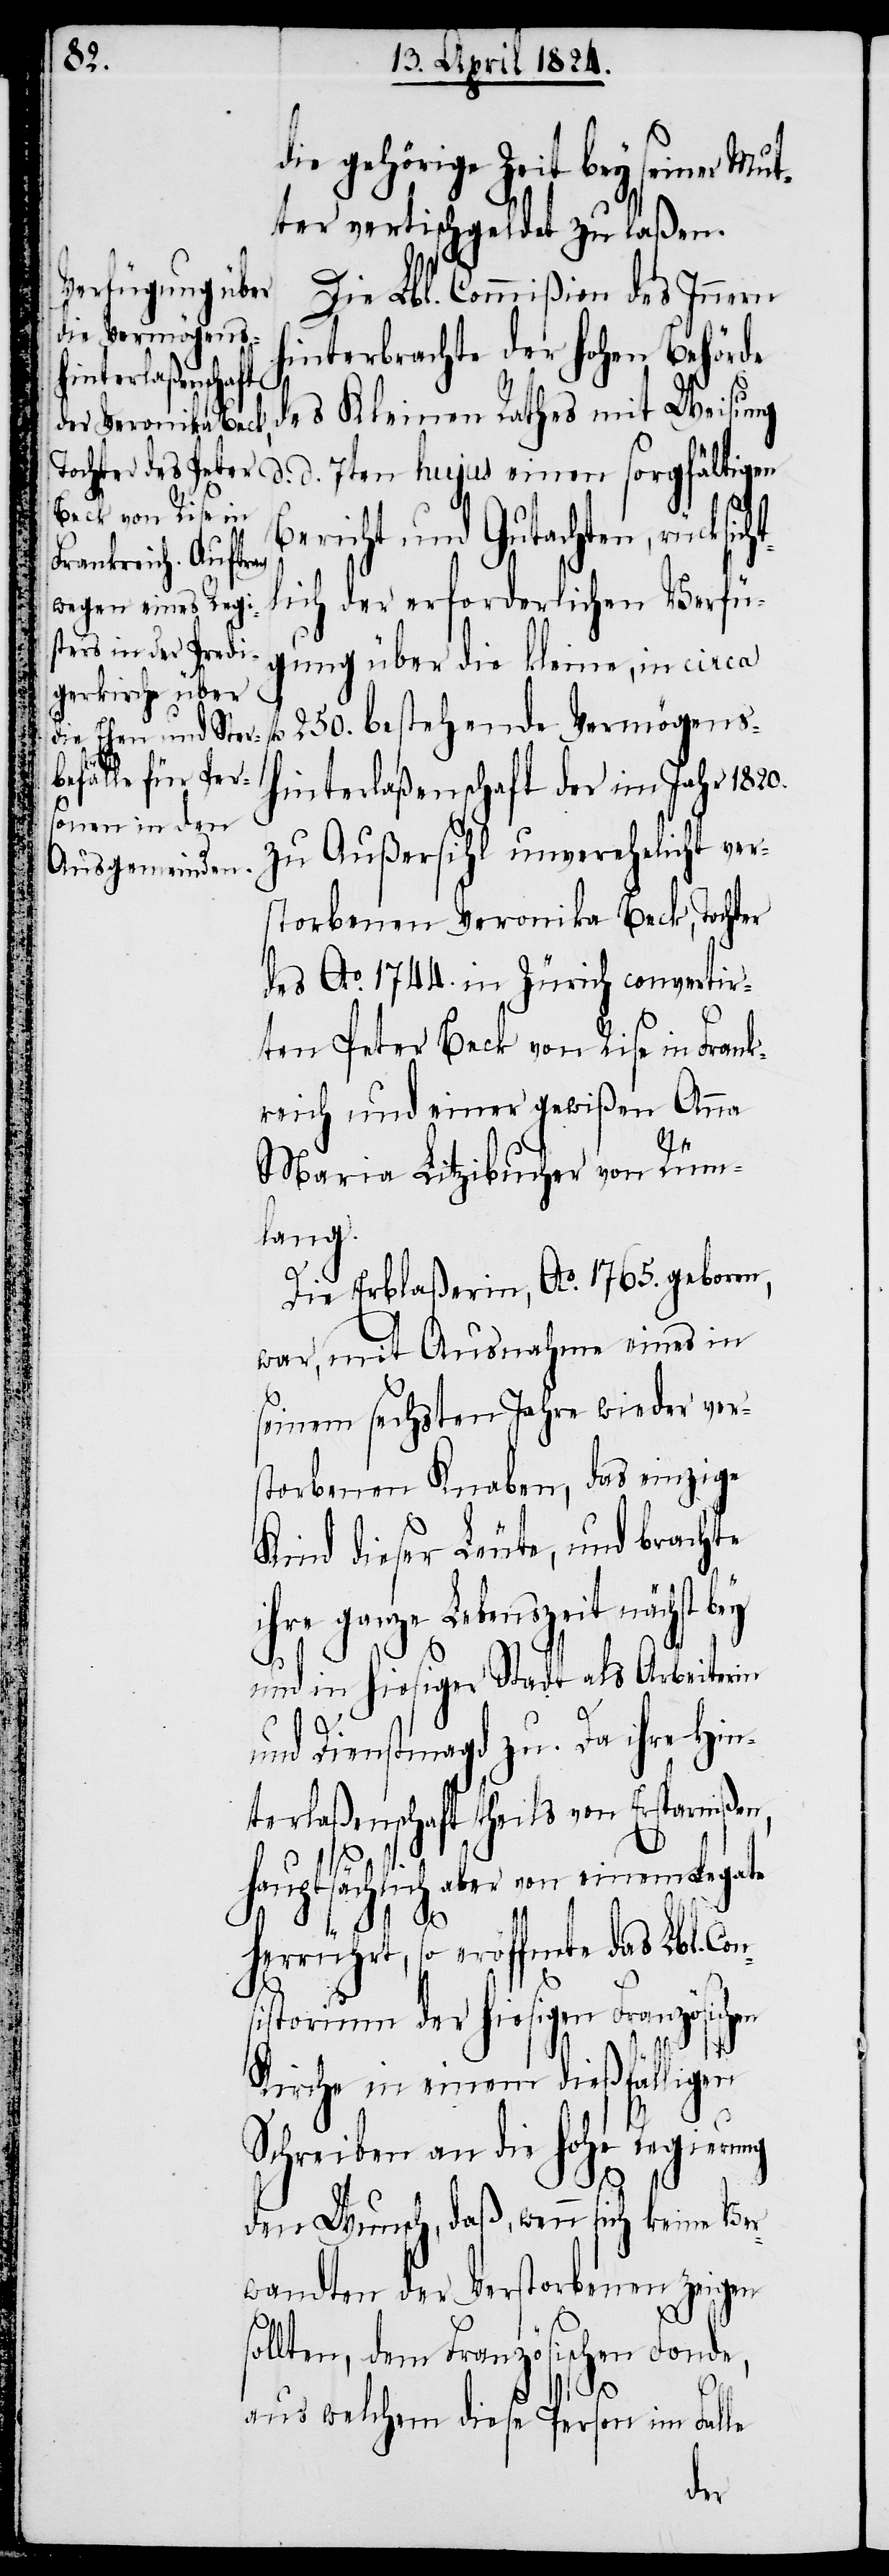
d.

n¬

die gehörige Zeit bey seiner Mut¬
ter vertischgeldet zu laßen.
Die Lbl. Commißion des Innern
hinterbrachte der hohen Behörde
en sorgfältigen
des Kleinen Rathes mit Weisung
Bericht und Gutachten, rücksic¬
lich der erforderlichen Verfü¬
gung über die kleine in circa
250. bestehende Vermögens¬
ht¬
hinterlaßenschaft der im Jahr 1820.
zu Außersihl unverehelicht ver¬
storbenen Veronika Beck, Tochter
des Ao. 1744. in Zürich convertir¬
ten Peter Beck von Rise in Frank¬
reich und einer gewißen Anna
Maria Litzibucher von Rüm¬
lang.
Die Erblaßerin, Ao. 1765. geboren,
war, mit Ausnahme eines in
seinem sechsten Jahre wieder ver¬
storbenen Knaben, das einzige
Kind dieser Leute, und brachte
ihre ganze Lebenszeit nächst
und in hiesiger Stadt als Arbeiterin
und Dienstmagd zu. Da ihre Hin¬
terlaßenschaft theils von Ersparnißen,
hauptsächlich aber von einem Legate
herrührt, so eröffnete das Lbl. Co¬
sistorium der hiesigen Französischen
Kirche in einem dießfälligen
Schreiben an die hohe Regierung
den Wunsch, daß, wenn sich keine Ver¬
wandten der Verstorbenen zeigen
sollten, dem Französischen Fonde,
aus welchem diese Person im Falle